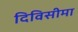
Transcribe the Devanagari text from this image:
दिविसीमा